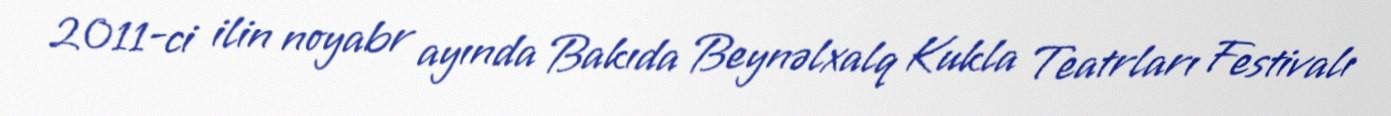
2011-ci ilin noyabr ayında Bakıda Beynəlxalq Kukla Teatrları Festivalı